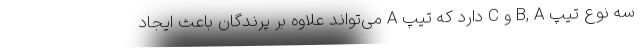
سه نوع تیپ B, A و C دارد که تیپ A می‌تواند علاوه بر پرندگان باعث ایجاد